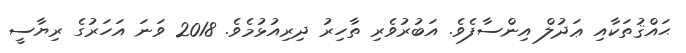
ޙައްޤުތަކާއި ޢަދުލް އިންސާފެވެ. އަބުރުވެރި ތާހިރު ދިރިއުޅުމެވެ. 2018 ވަނަ އަހަރުގެ ރިޔާސީ